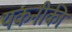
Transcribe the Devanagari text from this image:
यकनीकी